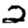
Digit: 2